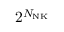
2 ^ { N _ { \mathrm { N K } } }